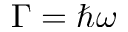
\Gamma = \hbar \omega